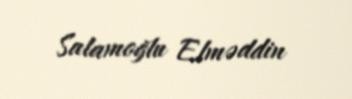
Salamoğlu Elməddin